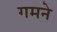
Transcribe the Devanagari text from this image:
गमने